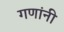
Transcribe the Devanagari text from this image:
गणांनी